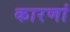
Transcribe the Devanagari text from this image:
कारणां